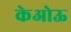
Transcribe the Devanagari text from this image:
केओऊ